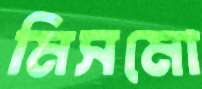
মিসমো